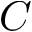
C